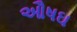
ઔષઘ